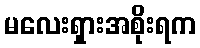
မလေးရှားအစိုးရက